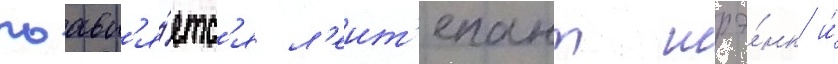
поавл'я́етс'я л'еит'енант шрэ́нк и́